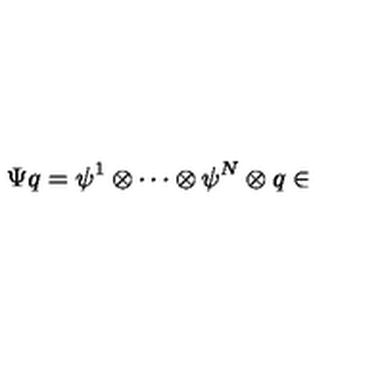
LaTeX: \Psi q = \psi ^ { 1 } \otimes \cdots \otimes \psi ^ { N } \otimes q \in